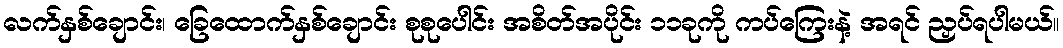
လက်နှစ်ချောင်း၊ ခြေထောက်နှစ်ချောင်း စုစုပေါင်း အစိတ်အပိုင်း ၁၁ခုကို ကပ်ကြေးနဲ့ အရင် ညှပ်ရပါမယ်။